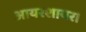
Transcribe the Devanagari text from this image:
आयरशायर।